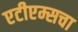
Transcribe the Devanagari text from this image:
एटीएम्सचा